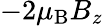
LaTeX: -2\mu_{\mathrm{{B}}}B_{z}